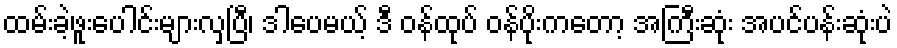
ထမ်းခဲ့ဖူးပေါင်းများလှပြီ၊ ဒါပေမယ့် ဒီ ဝန်ထုပ် ဝန်ပိုးကတော့ အကြီးဆုံး အပင်ပန်းဆုံးပဲ